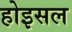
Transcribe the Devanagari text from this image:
होइसल